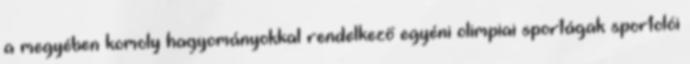
a megyében komoly hagyományokkal rendelkező egyéni olimpiai sportágak sportolói